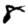
Digit: 8